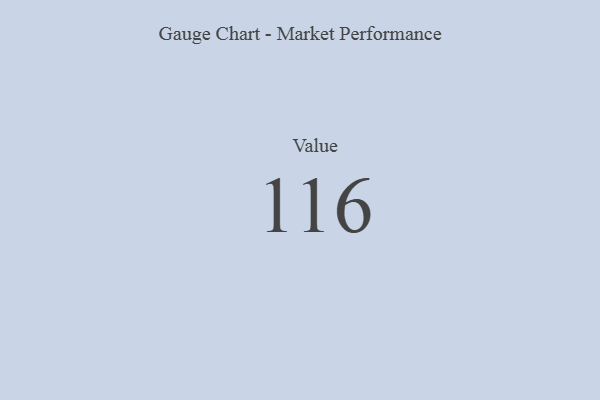
{"axis": {"x": "Metric", "y": "Value"}, "legend": [""], "data": [{"x": "Value", "y": 116, "type": ""}]}